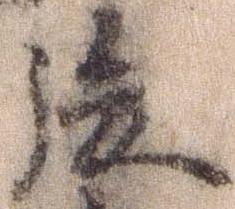
後